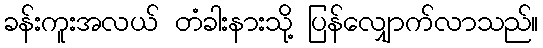
ခန်းကူးအလယ် တံခါးနားသို့ ပြန်လျှောက်လာသည်။